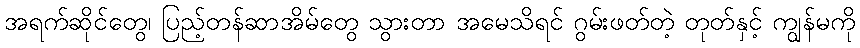
အရက်ဆိုင်တွေ၊ ပြည့်တန်ဆာအိမ်တွေ သွားတာ အမေသိရင် ဂွမ်းဖတ်တဲ့ တုတ်နှင့် ကျွန်မကို